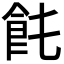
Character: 𩚊